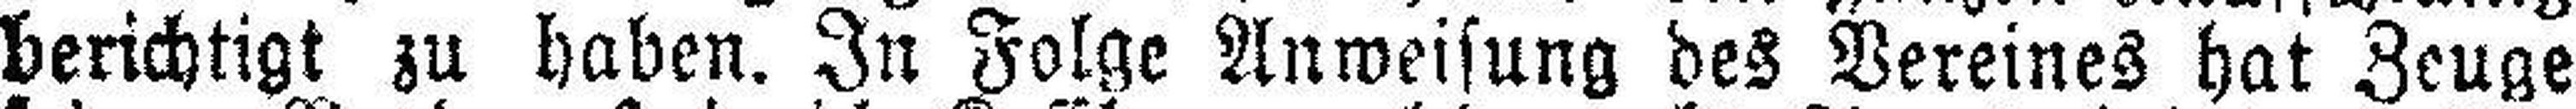
berichtigt zu haben. In Folge Anweisung des Vereines hat Zeuge